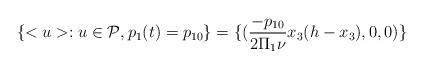
LaTeX: \begin{align*}\{<u>: u \in \mathcal{P}, p_1(t)=p_{10}\} =\{(\frac{-p_{10}}{2\Pi_1 \nu}x_3(h-x_3),0,0)\}\end{align*}